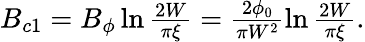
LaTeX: \begin{array}{r}{B_{c1}=B_{\phi}\ln\frac{2W}{\pi\xi}=\frac{2\phi_{0}}{\pi W^{2}}\ln\frac{2W}{\pi\xi}.}\end{array}